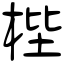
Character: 梐